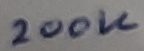
Text: 220K